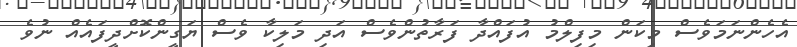
އެހެންނަމަވެސް މިކަން މިފިލްމު އުފައްދާ ފަރާތުންވެސް އަދި މަލިކާ ވެސް ޔަގީންކޮށްދީފައެއް ނުވެ